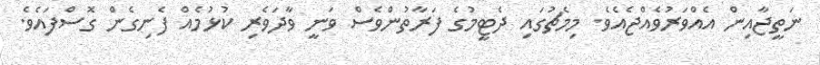
ނަތީޖާއިން އެއްވަރުވެއްޖެއެވެ. މިމެޗުގައި ދެޓީމުގެ ފަރާތުންވެސް ވަނީ ވާދަވެރި ކުޅުމެއް ފެނިގެން ގޮސްފައެވެ.